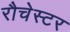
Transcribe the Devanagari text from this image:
रौचेस्टर